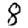
Digit: 8